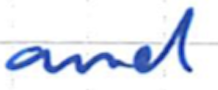
Text: and
Cross-out: clean
Writing tool: ballpoint